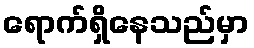
ရောက်ရှိနေသည်မှာ